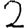
Digit: 2